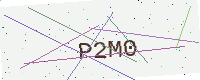
Text: P2M0